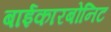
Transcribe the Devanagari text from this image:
बाईकारबोनिट